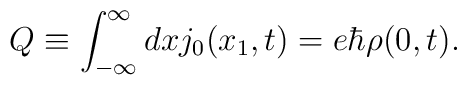
Q \equiv \int_{-\infty}^{\infty} dx j_0(x_1,t) = e{\hbar} {\rho}(0,t).